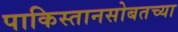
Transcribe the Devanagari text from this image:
पाकिस्तानसोबतच्या